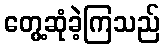
တွေ့ဆုံခဲ့ကြသည်